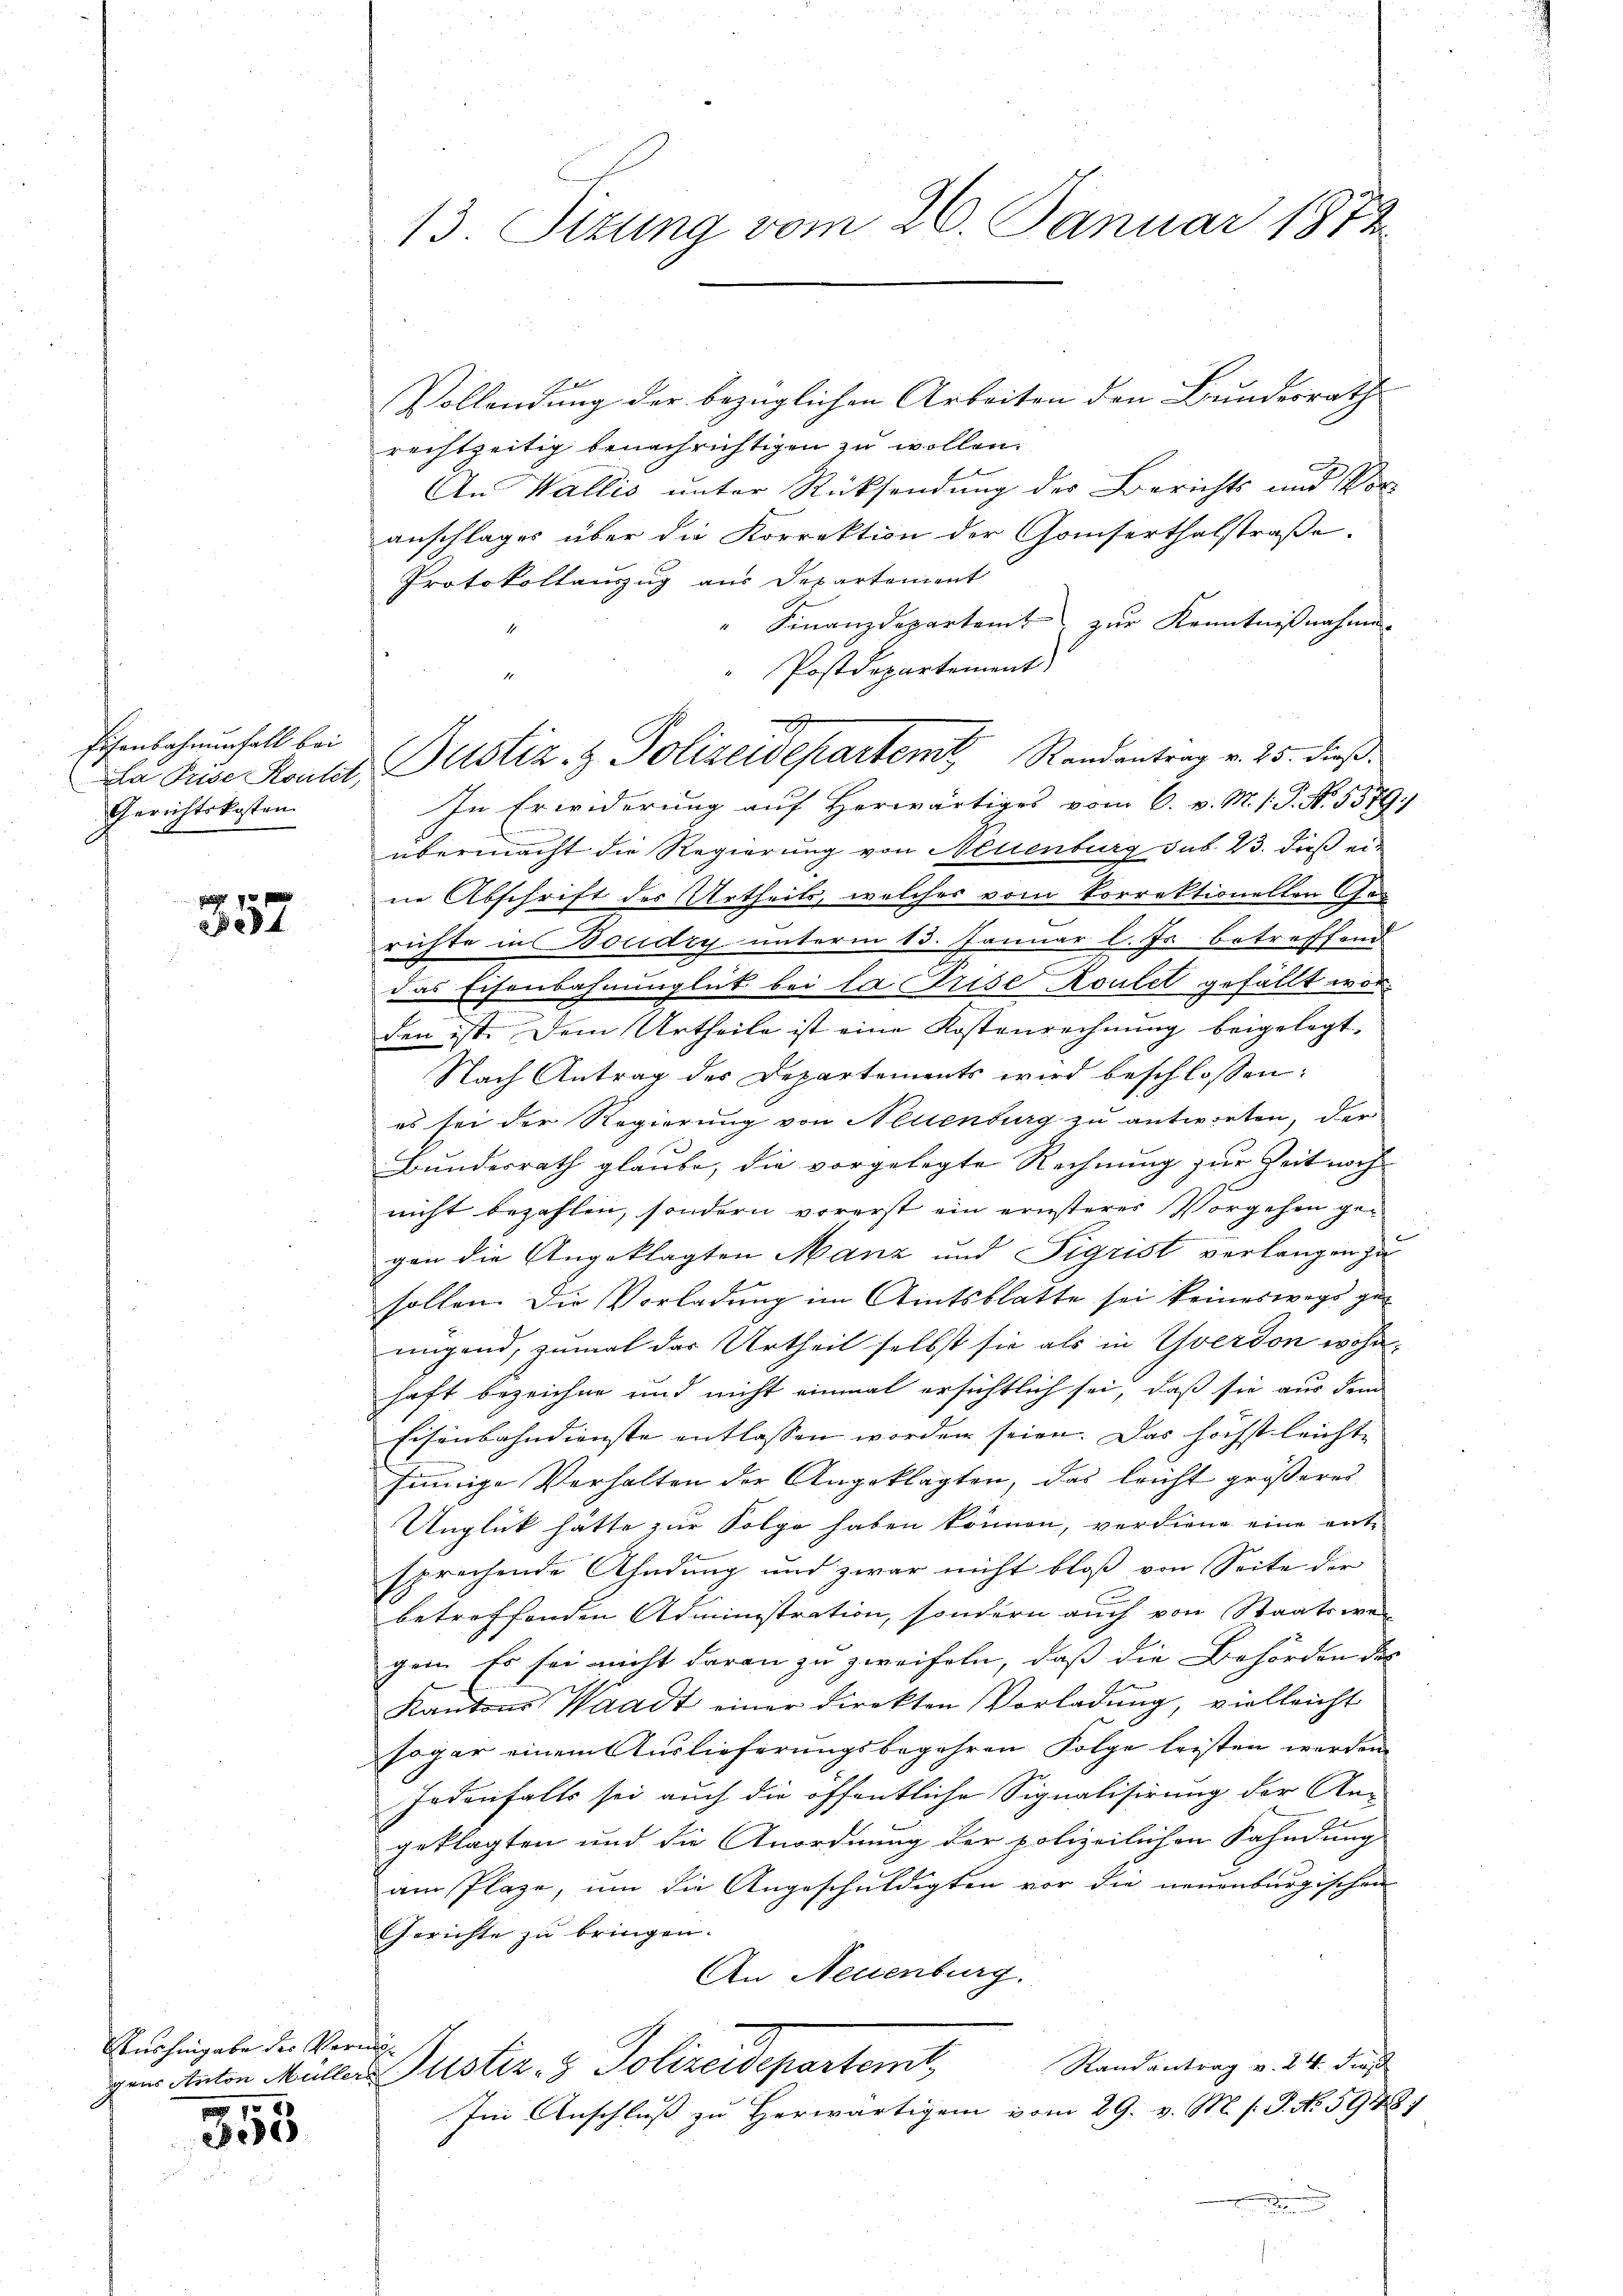
Eisenbahnenfall bei
a Puise Kostet,
Gerichtskosten.

9
Bet

Seushingabe des Vern
gens Anton Müller

358

13. Sizung vom 26. Januar 1872

Vollendung der bezüglichen Arbeiten den Bundesrath
rechtzeitig benachrichtigen zu wollen.
An Wallis unter Rücksendung der Berichts und Vor-
anschlages über die Korrektion der Gamserthalstraße.
Protokollauszug aus Departement
Finanzdepartamt zur Kenntnißnahmen.
Postdepartement
In Erwiderung auf Herwärtiges vom 6. v. M. 1. P. N. 5579,
übermacht die Regierung von Neuenburg sub. 23. dieß ein
ne Abschrift des Urtheils, welches vom Vorrektionellen Ges
richte in Boudry unterm 13. Januar l. Js. betreffend
das Eisenbahnunglick bei la Prise Roulet gefällt worden ist. Dem Urtheile ist eine Kostenrechnung beigelegt,
Nach Antrag der Departements wird beschlossen:
es sei der Regierung von Neuenburg zu antworten, der
Bundesrath glaube, die vorgelegte Rechnung zur Zeit noch
nicht bezahlen, sondern vorerst ein ernsteres Vorgehen gegen die Angeklagten Manz und Sigrist verlangen zu
sollen. Die Vorladung im Amtsblatte sei keineswegs genngend, zumal der Urtheil selbst sie als in Yverdon wohnhaft bezeichne und nicht einmal ersichtlich sei, daß sie aus dem
Eisenbahndienste entlassen worden seien. Das höchst leichte
sinnige Verhalten der Angeklagten, das leicht größerer
Unglück hätte zur Folge haben können, verdiene eine ente
sprechende Ahndung und zwar nicht bloß von Seite der
betreffenden Administration, sondern auch von Staatsweg
gen. Es sei nicht daran zu zweifeln, daß die Behörden des
E
Kantons Waadt einer Direkten Vorladung, vielleicht
sogar einem Auslieferungsbegehren Folge leisten werden.
Jodenfalls sei auch die öffentliche Signalisirung der An-
geklagten und die Anordnung der polizeilichen Fahndung
am Plaze, um die Angeschuldigten vor die neuenburgischen
Gerichte zu bringen.
An Neuenburg.
f
Randantrag v. 24. dies
Puster. v. Polizeidepartamt,
Im Anschluss zu Herwärtigen vom 29. v. M. s. S. No 5948)

Justiz- & Polizeidepartem Randantrag v. 25. dieß